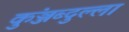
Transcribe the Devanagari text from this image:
कुंञ्जब्दुल्ला